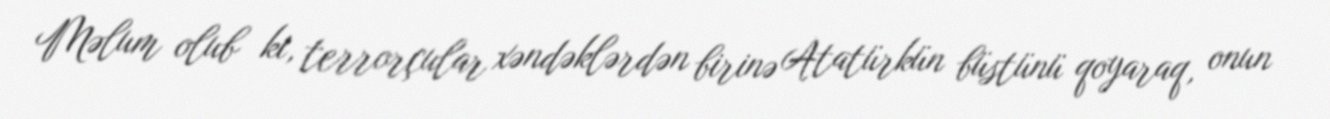
Məlum olub ki, terrorçular xəndəklərdən birinə Atatürkün büstünü qoyaraq, onun